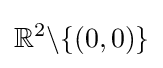
\mathbb {R} ^{2}\backslash \{(0,0)\}